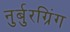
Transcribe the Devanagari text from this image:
नुर्बुरग्रिंग